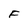
Character: F